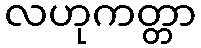
လဟုကတ္တာ